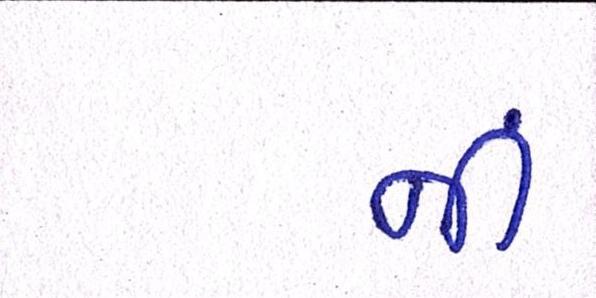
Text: નીં